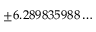
\pm 6 . 2 8 9 8 3 5 9 8 8 \ldots